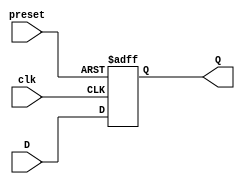
module async_preset_d_flip_flop (
    input wire D,
    input wire preset,
    input wire clk,
    output reg Q
);

always @(posedge clk or posedge preset) begin
    if (preset)
        Q <= 1'b1;
    else
        Q <= D;
end

endmodule